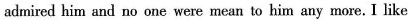
admired him and no one were mean to him any more.I like